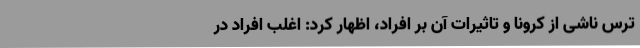
ترس ناشی از کرونا و تاثیرات آن بر افراد، اظهار کرد: اغلب افراد در